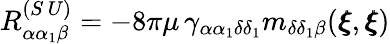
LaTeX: R_{\alpha\alpha_{1}\beta}^{(S\, U)}=-8\pi\mu\, \gamma_{\alpha\alpha_{1}\delta\delta_{1}}m_{\delta\delta_{1}\beta}({\pmb\xi},{\pmb\xi})